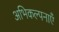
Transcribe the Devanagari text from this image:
अभिकल्पनाएँ